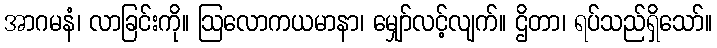
အာဂမနံ၊ လာခြင်းကို။ ဩလောကယမာနာ၊ မျှော်လင့်လျက်။ ဌိတာ၊ ရပ်သည်ရှိသော်။